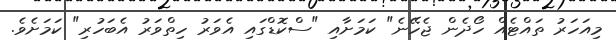
މިއަހަރު ތައްޓެއް ހޯދެން ޖެހޭނެ" ކަމަށާއި "ސްކޮޑްގައި އެވަރު ހިތްވަރު އެބަހުރި" ކަމަށެވެ.